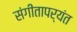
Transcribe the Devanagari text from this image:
संगीतापर्यंत